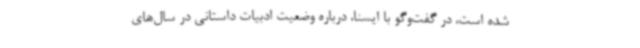
شده است، در گفت‌وگو با ایسنا، درباره وضعیت ادبیات داستانی در سال‌های